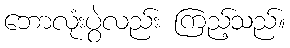
ဘောလုံးပွဲလည်း ကြည့်သည်။